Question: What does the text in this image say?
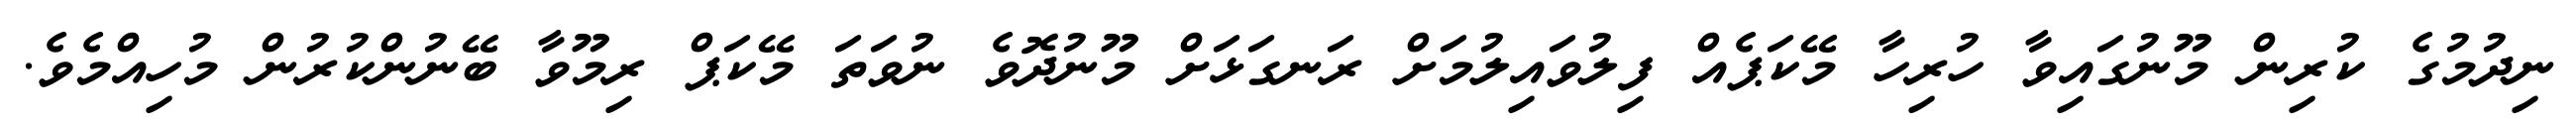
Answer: ނިދުމުގެ ކުރިން މޫނުގައިވާ ހުރިހާ މޭކަޕެއް ފިލުވައިލުމަށް ރަނގަޅަށް މޫނުދޮވެ ނުވަތަ މޭކަޕް ރިމޫވާ ބޭނުންކުރުން މުހިއްމެވެ.